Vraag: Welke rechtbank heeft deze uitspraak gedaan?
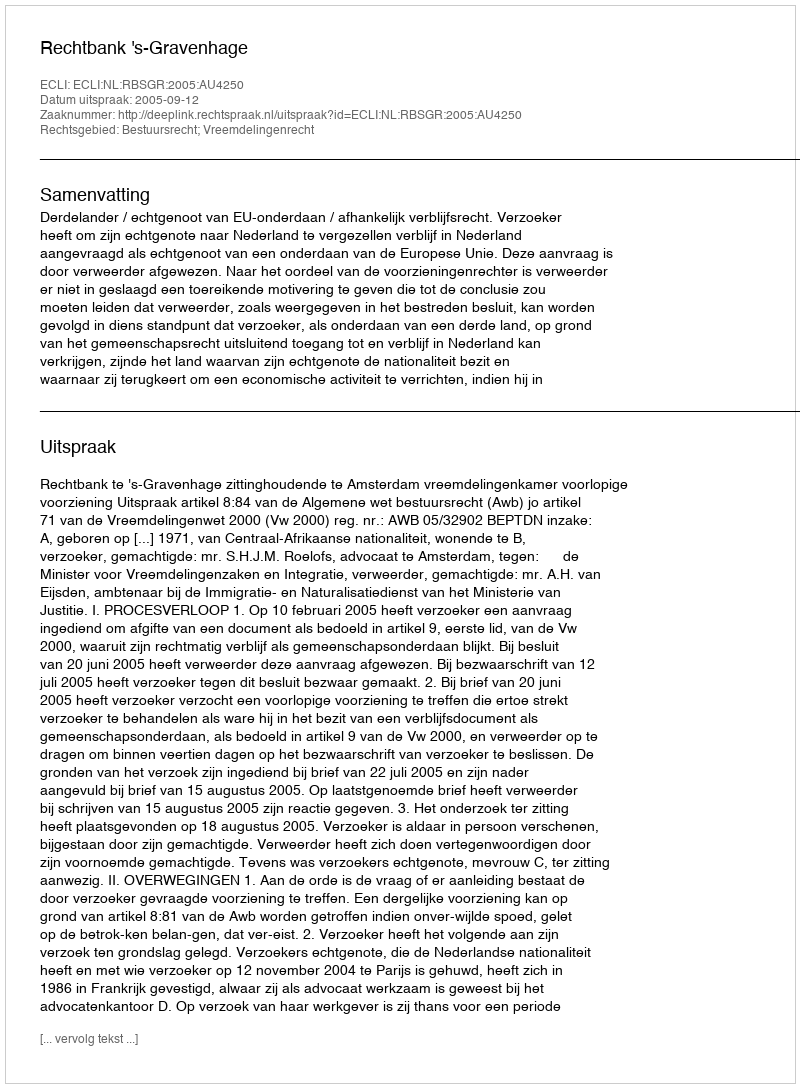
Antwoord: Rechtbank 's-Gravenhage